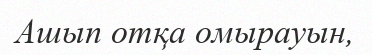
Ашып отқа омырауын,